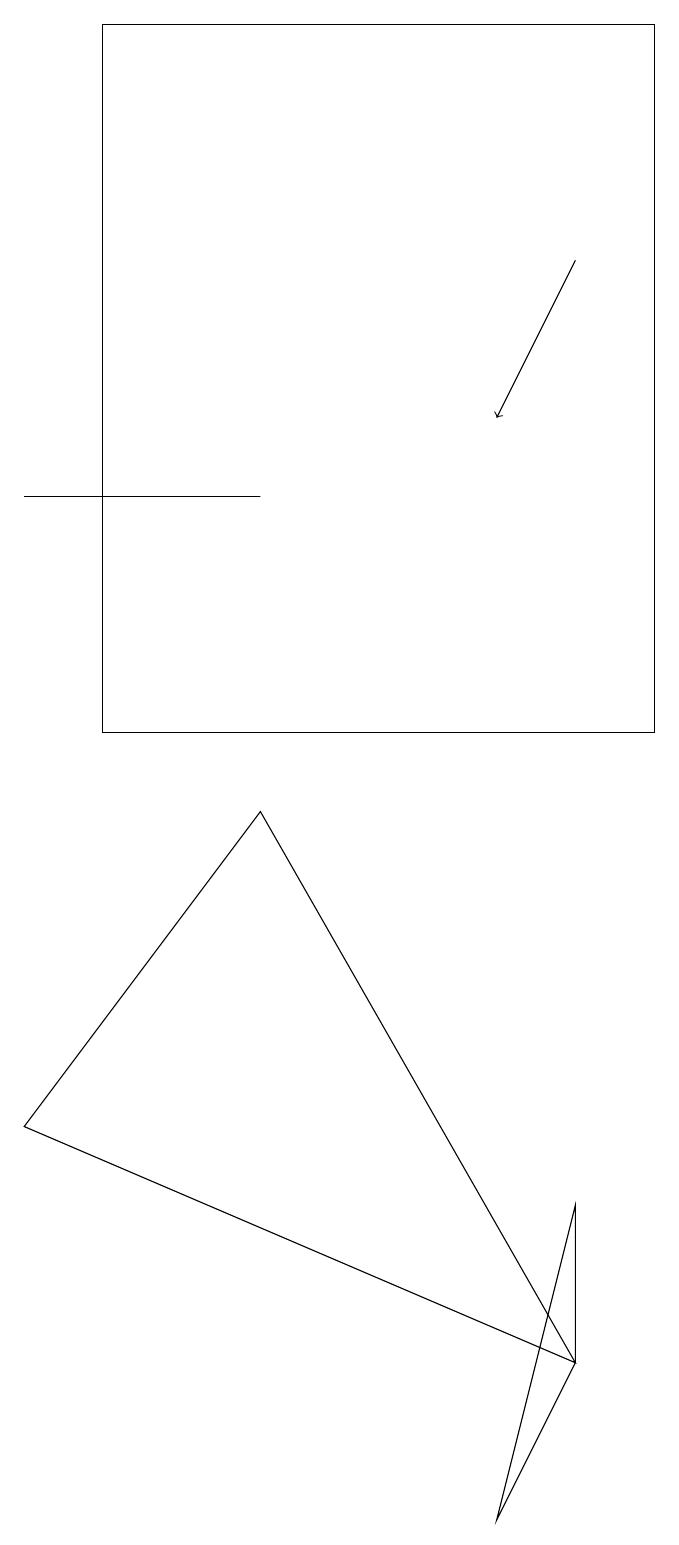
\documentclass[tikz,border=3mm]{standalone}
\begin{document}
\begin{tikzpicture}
\draw (6,0) -- (7,4) -- (7,2) -- cycle;
\draw (1,19) rectangle (8,10);
\draw (0,13) rectangle (3,13);
\draw (0,5) -- (7,2) -- (3,9) -- cycle;
\draw[->] (7,16) -- (6,14);
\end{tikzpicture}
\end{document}